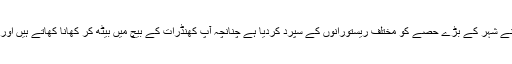
باکی نے ہوشیاری یہ دکھاءی ہے کہ پرانے شہر کے بڑے حصے کو مختلف ریستورانوں کے سپرد کردیا ہے چنانچہ آپ کھنڈرات کے بیچ میں بیٹھ کر کھانا کھاتے ہیں اور تاریخ سے اپنا رشتہ محسوس کرتے ہیں۔